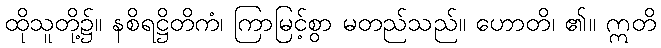
ထိုသူတို့၌။ နစိရဋ္ဌိတိကံ၊ ကြာမြင့်စွာ မတည်သည်။ ဟောတိ၊ ၏။ ဣတိ